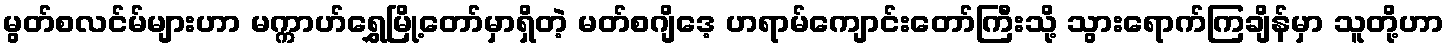
မွတ်စလင်မ်များဟာ မက္ကာဟ်ရွှေမြို့တော်မှာရှိတဲ့ မတ်စဂျိဒေ့ ဟရာမ်ကျောင်းတော်ကြီးသို့ သွားရောက်ကြချိန်မှာ သူတို့ဟာ